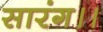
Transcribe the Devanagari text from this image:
सारंग।।